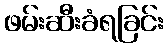
ဖမ်းဆီးခံရခြင်း